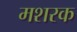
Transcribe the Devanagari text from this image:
मशरक